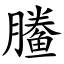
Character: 䲢